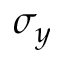
\sigma _ { y }